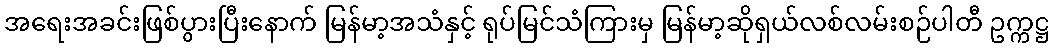
အရေးအခင်းဖြစ်ပွားပြီးနောက် မြန်မာ့အသံနှင့် ရုပ်မြင်သံကြားမှ မြန်မာ့ဆိုရှယ်လစ်လမ်းစဉ်ပါတီ ဥက္ကဋ္ဌ